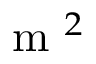
\mathrm { ~ m ~ } ^ { 2 }